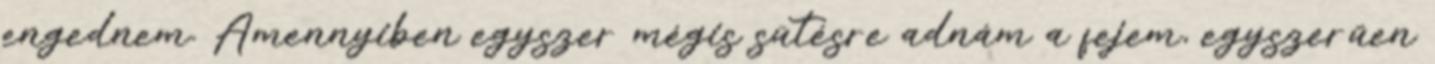
engednem. Amennyiben egyszer mégis sütésre adnám a fejem, egyszerűen